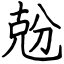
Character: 兝